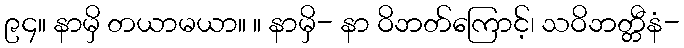
၉၄။ နာမှိ တယာမယာ။ ။ နာမှိ- နာ ဝိဘတ်ကြောင့်၊ သဝိဘတ္တီနံ-